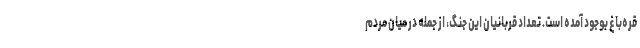
قره‌باغ بوجود آمده است. تعداد قربانیان این جنگ، از جمله در میان مردم